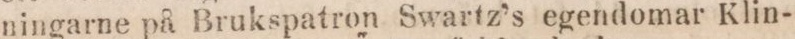
ningarne på Brukspatron Swartz’s egendomar Klin-